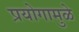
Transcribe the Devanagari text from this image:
प्रयोगामुळे